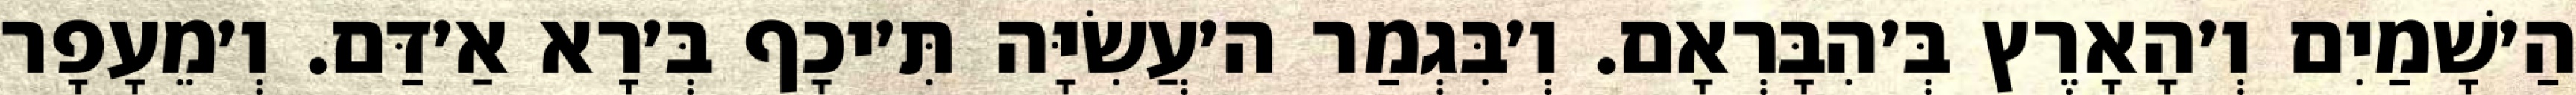
הַ׳שָׁמַיִם וְ׳הָאָרֶץ בְּ׳הִבָּרְאָם. וְ׳בִּגְמַר ה׳עֲשִׂיָּה תִּ׳יכָף בְּ׳רָא אַ׳דַּם. וְ׳מֵעָפָר